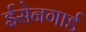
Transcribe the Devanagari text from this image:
ईसेनगार्ड